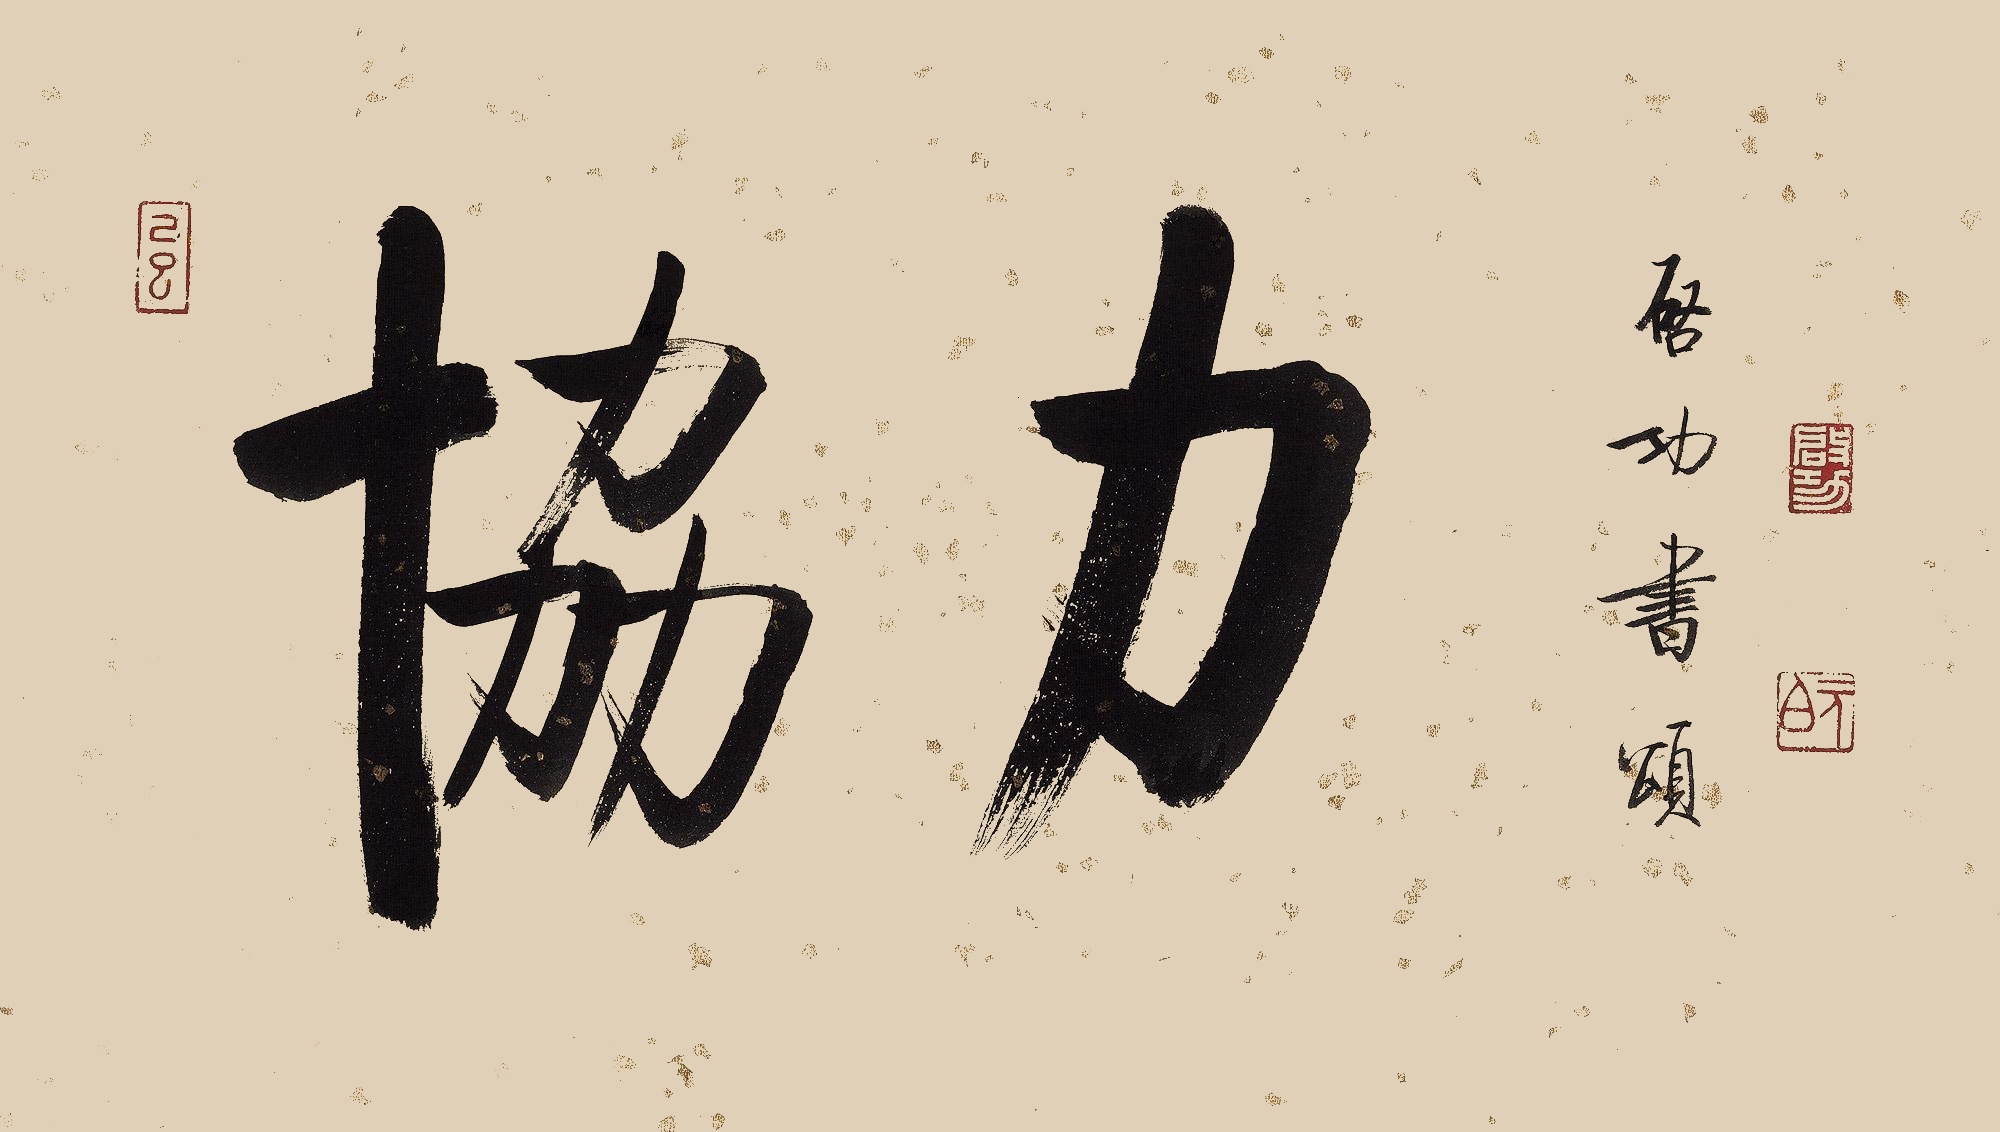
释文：协力。启功书颂。